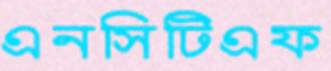
এনসিটিএফ